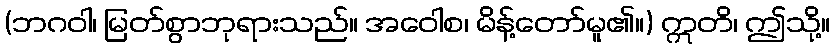
(ဘဂဝါ၊ မြတ်စွာဘုရားသည်။ အဝေါစ၊ မိန့်တော်မူ၏။) ဣတိ၊ ဤသို့။